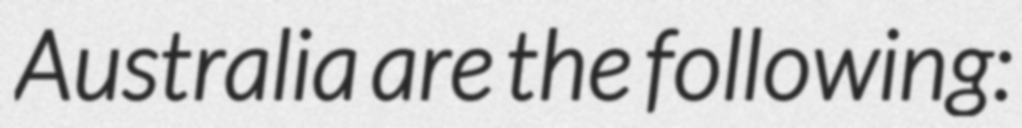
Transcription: Australia are the following: